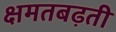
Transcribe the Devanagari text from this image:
क्षमतबढ़ती